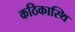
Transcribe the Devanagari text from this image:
कठिकास्थि